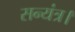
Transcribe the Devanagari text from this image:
सन्यंत्र।